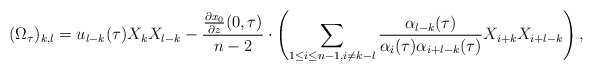
\begin{align*}(\Omega_{\tau})_{k,l}=u_{l-k}(\tau)X_k X_{l-k}-\frac{\frac{\partial x_0}{\partial z}(0,\tau)}{n-2} \cdot \left( \sum_{1\leq i \leq n-1, i \neq k-l} \frac{\alpha_{l-k}(\tau)}{\alpha_i(\tau) \alpha_{i+l-k}(\tau)} X_{i+k}X_{i+l-k}\right) ,\end{align*}